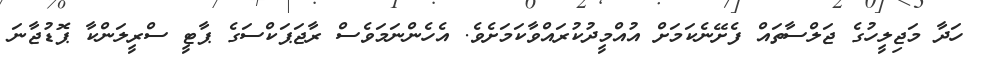
ހަދާ މަޖިލީހުގެ ޖަލްސާތައް ފެށޭނެކަމަށް އުއްމީދުކުރައްވާކަމަށެވެ. އެހެންނަމަވެސް ރާޖަޕަކްސަގެ ޕާޓީ ސްރީލަންކާ ޕޮޑުޖާނަ